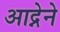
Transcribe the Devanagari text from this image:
आद्नेने